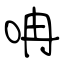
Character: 呥